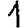
Digit: 1